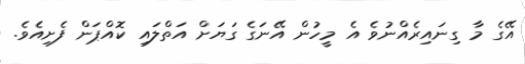
އޭގެ މާ ގިނައިރެއްނުވެ އެ މީހުން އޭނަގެ ގަޔަށް އަތްލައި ކޮއްޕަން ފެށިއެވެ.